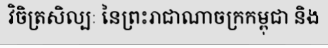
វិចិត្រសិល្បៈ នៃព្រះរាជាណាចក្រកម្ពុជា និង